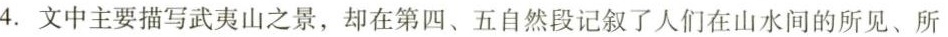
4.文中主要描写武夷山之景，却在第四、五自然段记叙了人们在山水间的所见、所